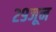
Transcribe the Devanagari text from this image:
२९जून